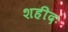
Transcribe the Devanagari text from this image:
शहीदः